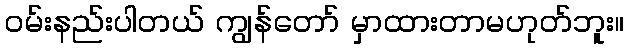
ဝမ်းနည်းပါတယ် ကျွန်တော် မှာထားတာမဟုတ်ဘူး။